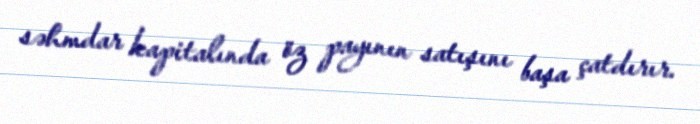
səhmdar kapitalında öz payının satışını başa çatdırır.